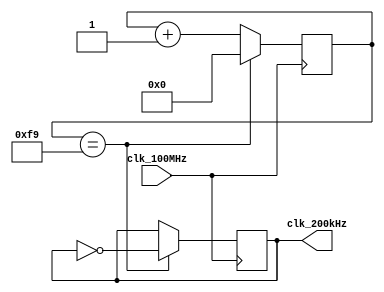
module clkgen_200kHz(
    input clk_100MHz,
    output clk_200kHz
    );
    
    // 100 x 10^6 / 200 x 10^3 / 2 = 250 <-- 8 bit counter
    reg [7:0] counter = 8'h00;
    reg clk_reg = 1'b1;
    
    always @(posedge clk_100MHz) begin
        if(counter == 249) begin
            counter <= 8'h00;
            clk_reg <= ~clk_reg;
        end
        else
            counter <= counter + 1;
    end
    
    assign clk_200kHz = clk_reg;
    
endmodule